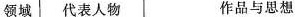
领域 代表人物 作品与思想